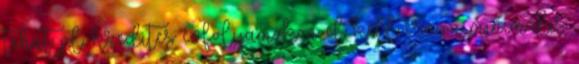
tehát pl. kredites évfolyamokon el kell érni a minimális